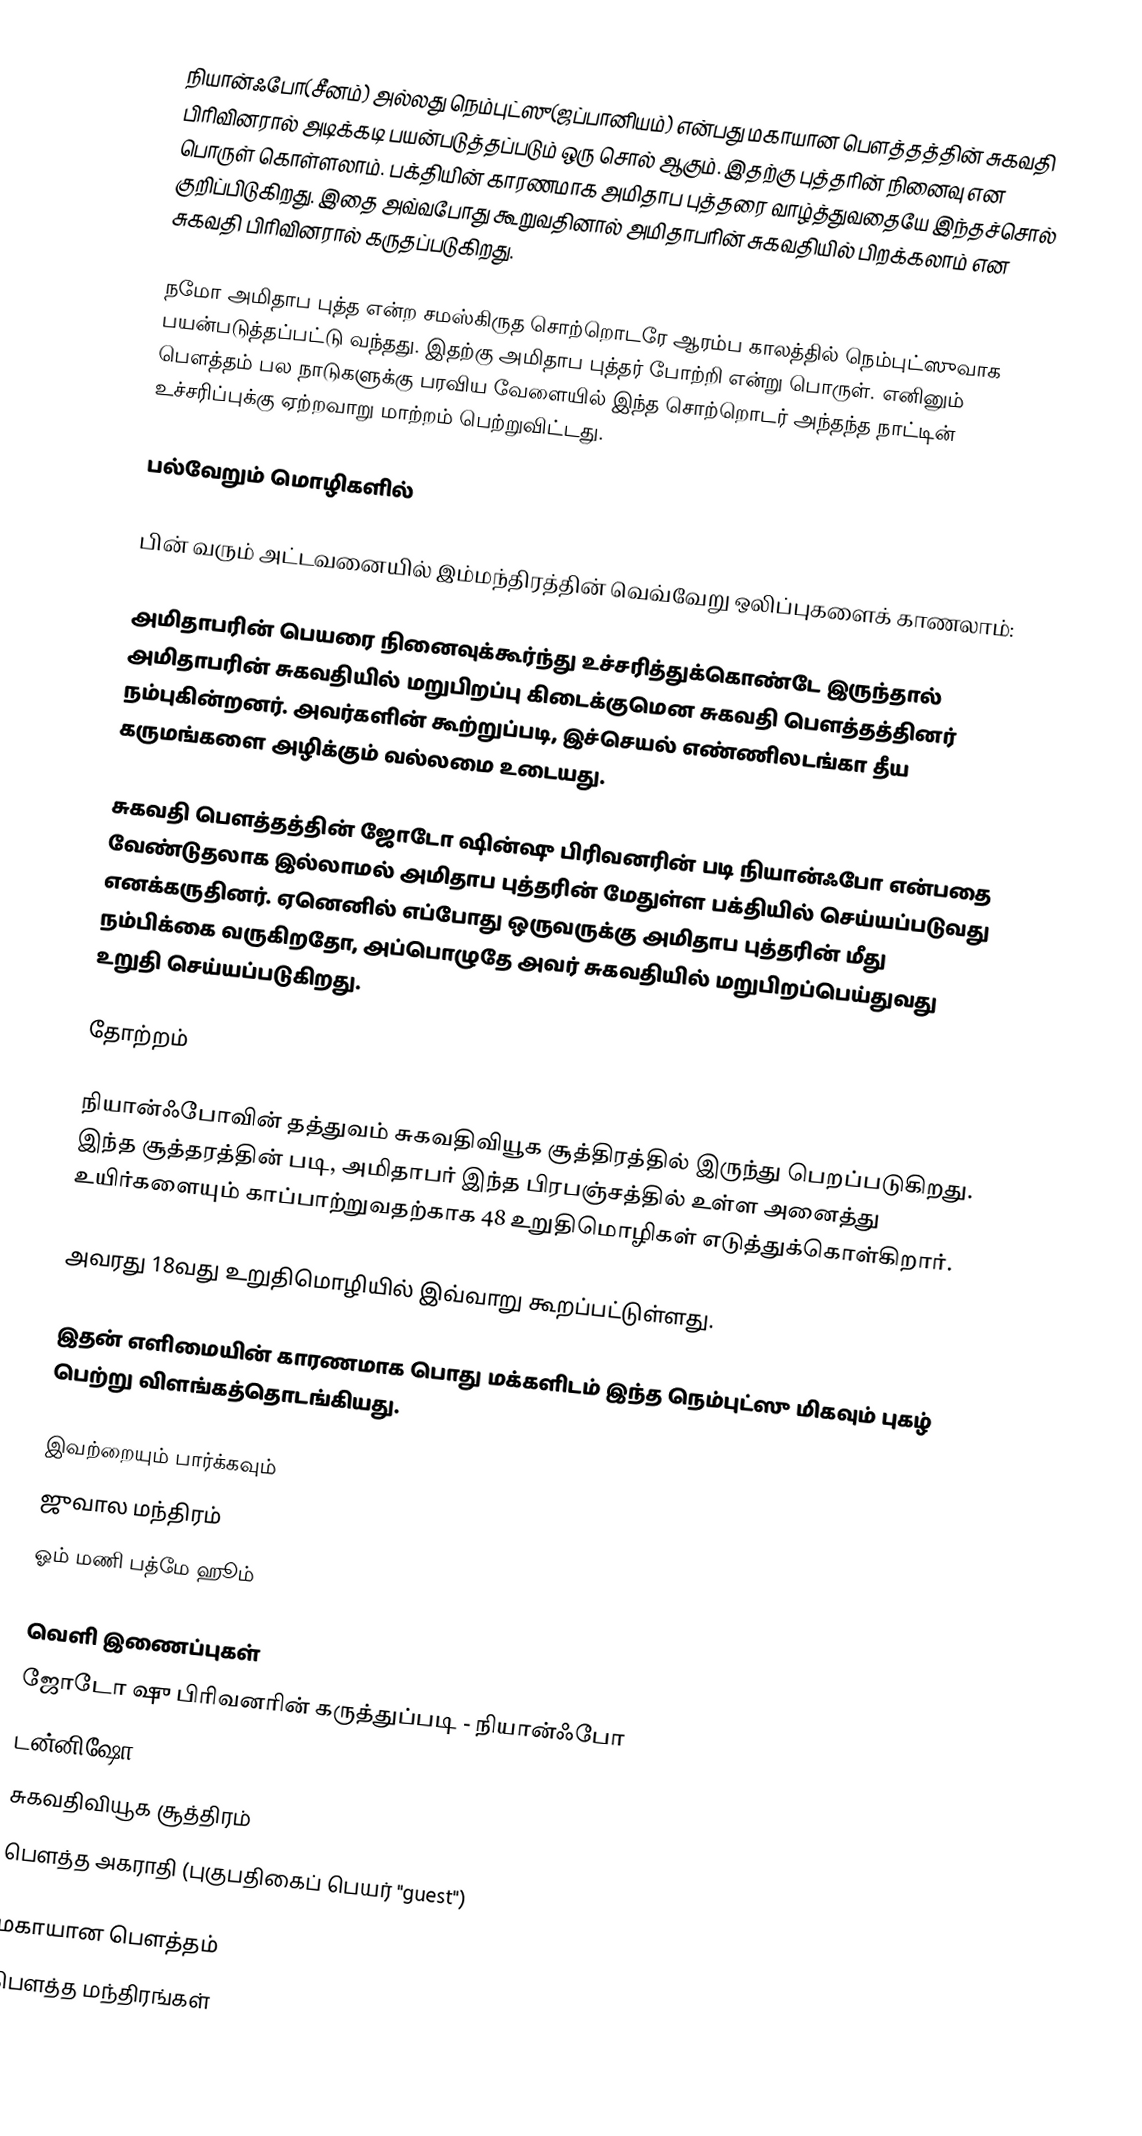
நியான்ஃபோ(சீனம்) அல்லது நெம்புட்ஸு(ஜப்பானியம்) என்பது மகாயான பௌத்தத்தின் சுகவதி பிரிவினரால் அடிக்கடி பயன்படுத்தப்படும் ஒரு சொல் ஆகும். இதற்கு புத்தரின் நினைவு என பொருள் கொள்ளலாம். பக்தியின் காரணமாக அமிதாப புத்தரை வாழ்த்துவதையே இந்தச்சொல் குறிப்பிடுகிறது. இதை அவ்வபோது கூறுவதினால் அமிதாபரின் சுகவதியில் பிறக்கலாம் என சுகவதி பிரிவினரால் கருதப்படுகிறது.

நமோ அமிதாப புத்த என்ற சமஸ்கிருத சொற்றொடரே ஆரம்ப காலத்தில் நெம்புட்ஸுவாக பயன்படுத்தப்பட்டு வந்தது. இதற்கு அமிதாப புத்தர் போற்றி என்று பொருள். எனினும் பௌத்தம் பல நாடுகளுக்கு பரவிய வேளையில் இந்த சொற்றொடர் அந்தந்த நாட்டின் உச்சரிப்புக்கு ஏற்றவாறு மாற்றம் பெற்றுவிட்டது.

பல்வேறும் மொழிகளில்

பின் வரும் அட்டவனையில் இம்மந்திரத்தின் வெவ்வேறு ஒலிப்புகளைக் காணலாம்:

அமிதாபரின் பெயரை நினைவுக்கூர்ந்து உச்சரித்துக்கொண்டே இருந்தால் அமிதாபரின் சுகவதியில் மறுபிறப்பு கிடைக்குமென சுகவதி பௌத்தத்தினர் நம்புகின்றனர். அவர்களின் கூற்றுப்படி, இச்செயல் எண்ணிலடங்கா தீய கருமங்களை அழிக்கும் வல்லமை உடையது.

சுகவதி பௌத்தத்தின் ஜோடோ ஷின்ஷு பிரிவனரின் படி நியான்ஃபோ என்பதை வேண்டுதலாக இல்லாமல் அமிதாப புத்தரின் மேதுள்ள பக்தியில் செய்யப்படுவது எனக்கருதினர். ஏனெனில் எப்போது ஒருவருக்கு அமிதாப புத்தரின் மீது நம்பிக்கை வருகிறதோ, அப்பொழுதே அவர் சுகவதியில் மறுபிறப்பெய்துவது உறுதி செய்யப்படுகிறது.

தோற்றம்

நியான்ஃபோவின் தத்துவம் சுகவதிவியூக சூத்திரத்தில் இருந்து பெறப்படுகிறது. இந்த சூத்தரத்தின் படி, அமிதாபர் இந்த பிரபஞ்சத்தில் உள்ள அனைத்து உயிர்களையும் காப்பாற்றுவதற்காக 48 உறுதிமொழிகள் எடுத்துக்கொள்கிறார்.

அவரது 18வது உறுதிமொழியில் இவ்வாறு கூறப்பட்டுள்ளது.

இதன் எளிமையின் காரணமாக பொது மக்களிடம் இந்த நெம்புட்ஸு மிகவும் புகழ் பெற்று விளங்கத்தொடங்கியது.

இவற்றையும் பார்க்கவும்
ஜுவால மந்திரம்
ஓம் மணி பத்மே ஹூம்

வெளி இணைப்புகள்
 ஜோடோ ஷு பிரிவனரின் கருத்துப்படி - நியான்ஃபோ
 டன்னிஷோ
 சுகவதிவியூக சூத்திரம்
 பௌத்த அகராதி (புகுபதிகைப் பெயர் "guest")

மகாயான பௌத்தம்
பௌத்த மந்திரங்கள்